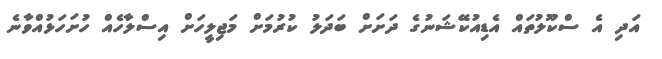
އަދި އެ ސްކޫލުތައް އެޑިއުކޭޝަނުގެ ދަށަށް ބަދަލު ކުރުމަށް މަޖިލީހަށް އިސްލާހެއް ހުށަހަޅުއްވާނެ